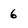
Character: 6